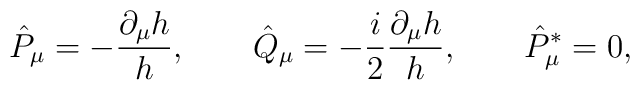
\hat P_\mu  =  - {\partial_\mu  h\over h}, \qquad \hat  Q_\mu =  -{i \over 2}{\partial_\mu  h\over h},  \qquad \hat P^*_\mu =0,